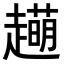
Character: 𧾆